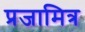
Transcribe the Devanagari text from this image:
प्रजामित्र